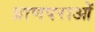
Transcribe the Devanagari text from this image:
प्राणपराओं